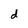
Character: d